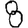
Digit: 8